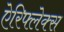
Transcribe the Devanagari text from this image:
ऐरिफ्लेक्स